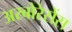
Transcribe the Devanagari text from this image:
अरबोरेसेंस